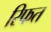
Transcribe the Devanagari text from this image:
रिफत